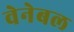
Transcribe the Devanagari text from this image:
वेनेबल